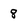
Character: 8